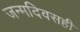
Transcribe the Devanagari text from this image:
जन्मदिवसही